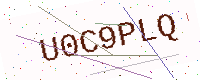
Text: U0C9PLQ